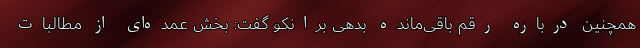
همچنین درباره رقم باقی‌مانده بدهی برانکو گفت: بخش عمده‌ای از مطالبات